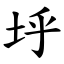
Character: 垀